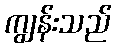
ကျွန်းသည်